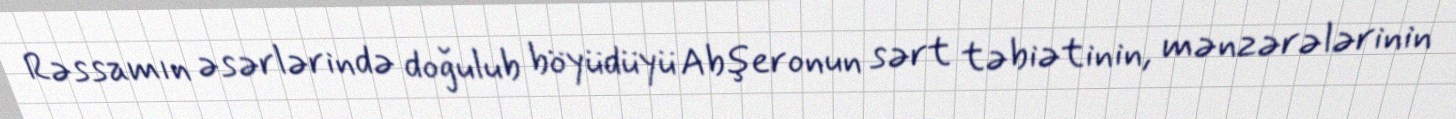
Rəssamın əsərlərində doğulub böyüdüyü Abşeronun sərt təbiətinin, mənzərələrinin